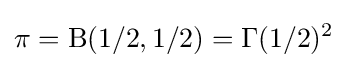
\pi =\mathrm {B} (1/2,1/2)=\Gamma (1/2)^{2}